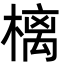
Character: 樆